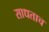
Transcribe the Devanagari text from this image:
साधताच